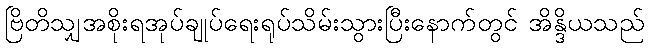
ဗြိတိသျှအစိုးရအုပ်ချုပ်ရေးရုပ်သိမ်းသွားပြီးနောက်တွင် အိန္ဒိယသည်